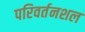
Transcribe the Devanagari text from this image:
परिवर्तनशल